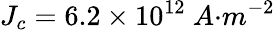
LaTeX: J_{{c}}=6.2\times{10}^{12}\ {A}{{·}}{{m}}^{{-2}}